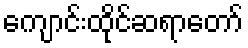
ကျောင်းထိုင်ဆရာတော်